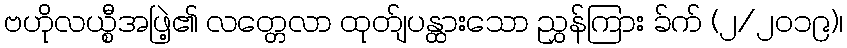
ဗဟိုလယ္စီအဖြဲ့၏ လတ္တေလာ ထုတ်ျပန္ထားသော ညွှန်ကြား ခ်က် (၂/၂၀၁၉)၊